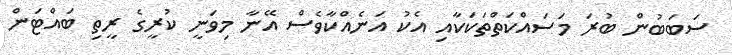
ސަބަބުން ބުރަ މަސައްކަތްތަކަކާއި އެކު އަނެއްކާވެސް އޭނާ މިވަނީ ކުރީގެ ރީތި ބައްޓަން